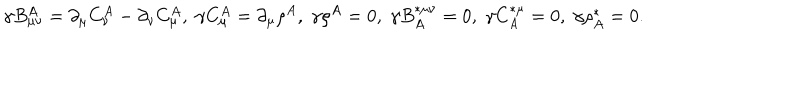
\gamma B _ { \mu \nu } ^ { A } = \partial _ { \mu } C _ { \nu } ^ { A } - \partial _ { \nu } C _ { \mu } ^ { A } , \; \gamma C _ { \mu } ^ { A } = \partial _ { \mu } \rho ^ { A } , \; \gamma \rho ^ { A } = 0 , \; \gamma B _ { A } ^ { * \mu \nu } = 0 , \; \gamma C _ { A } ^ { * \mu } = 0 , \; \gamma \rho _ { A } ^ { * } = 0 .